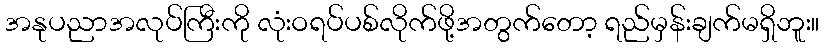
အနုပညာအလုပ်ကြီးကို လုံးဝရပ်ပစ်လိုက်ဖို့အတွက်တော့ ရည်မှန်းချက်မရှိဘူး။